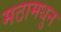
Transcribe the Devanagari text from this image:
मठामधुन